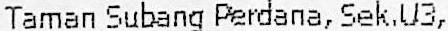
TAMAN SUBANG PERDANA, SEK,U3,